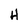
Character: H